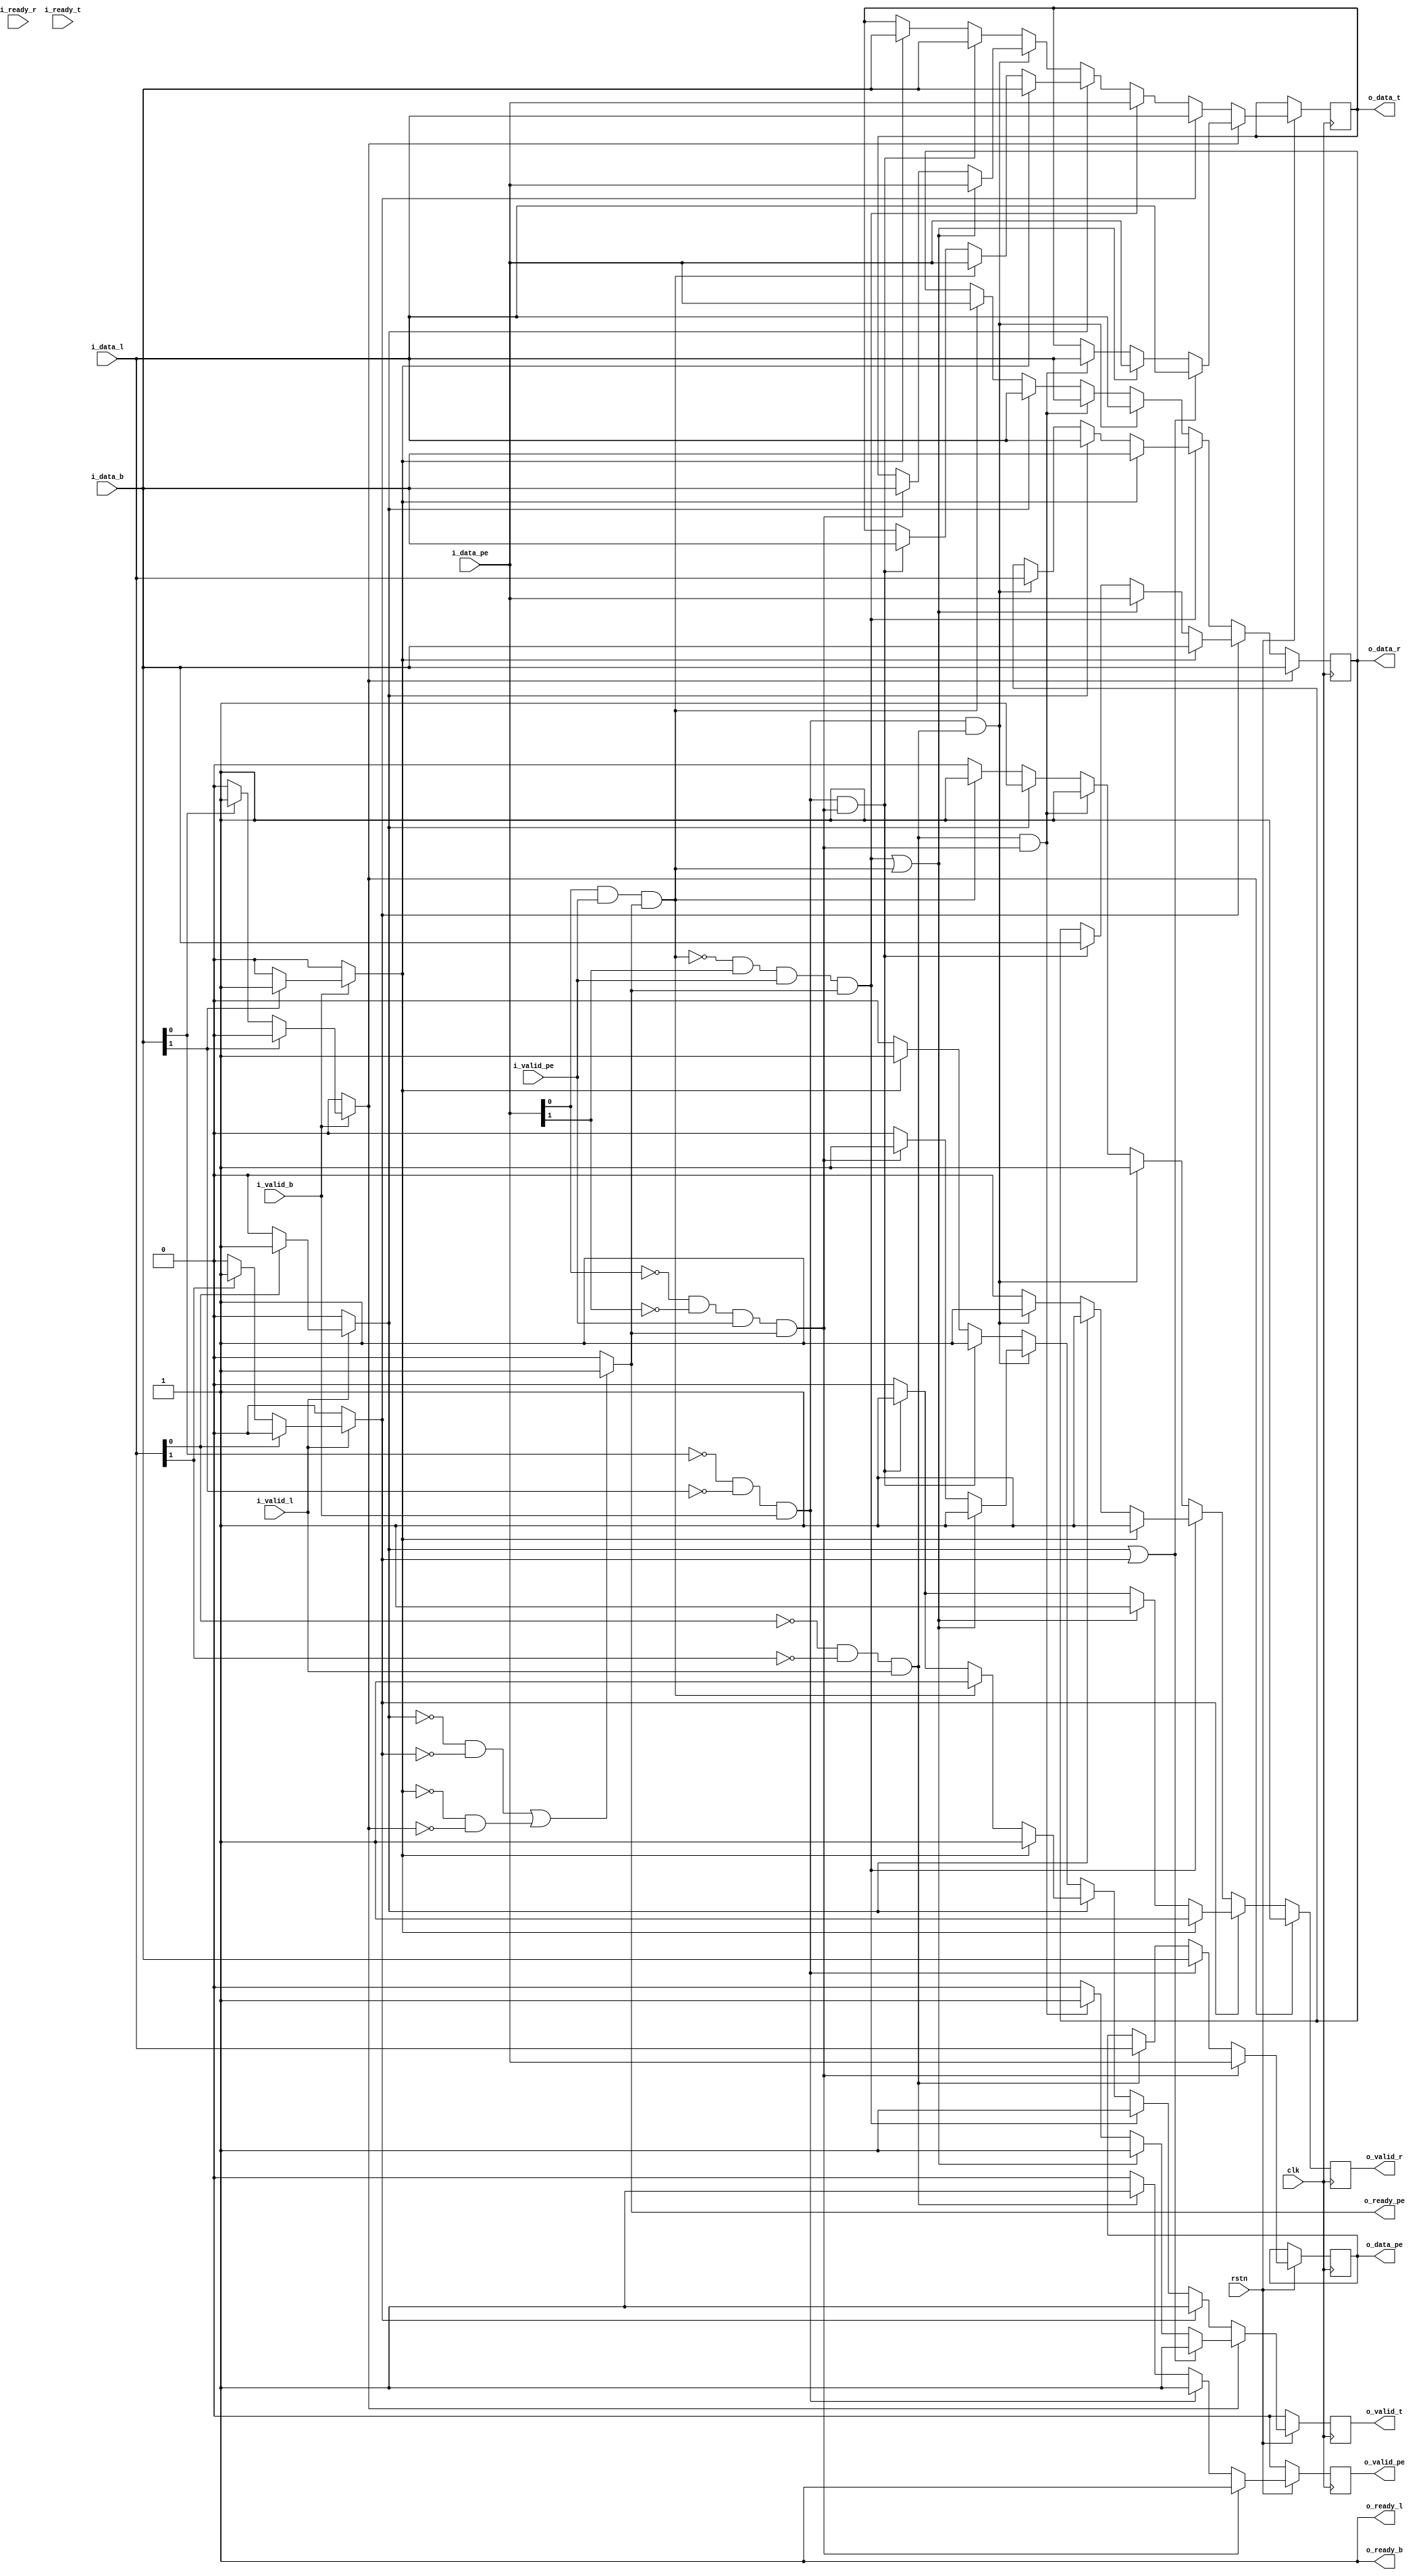
module nbyn #(parameter x_coord ='d0,parameter y_coord='d0,X=2,Y=2,data_width=32, x_size=1, y_size=1,total_width=(x_size+y_size+data_width),sw_no=X*Y) //parameter pck_no=16'd0)
(
input wire clk,
input wire rstn,
input wire i_ready_r,
input wire i_ready_t,
//input wire i_ready_pe,
input wire i_valid_l,
input wire i_valid_b,
input wire i_valid_pe,
output wire o_ready_l,
output wire o_ready_b,
output reg  o_ready_pe,
output reg o_valid_r,
output reg o_valid_t,
output reg o_valid_pe,
input wire [total_width-1:0] i_data_l,
input wire [total_width-1:0] i_data_b,
input wire [total_width-1:0] i_data_pe,
output reg [total_width-1:0] o_data_r,
output reg [total_width-1:0] o_data_t,
output reg [total_width-1:0] o_data_pe

);
wire leftToPe;
wire bottomToPe;
wire peTope;
reg  leftToRight;
reg leftToTop;
reg bottomToRight;
reg bottomToTop;
wire peToTop;
wire peToRight;

assign  o_ready_l = 1'b1;
assign  o_ready_b = 1'b1;

assign leftToPe = ((i_data_l[x_size-1:0]==x_coord) & (i_data_l[x_size+y_size-1:x_size]==y_coord) & i_valid_l);
//assign leftToRight = ((i_data_l[x_size-1:0]!=x_coord) & i_valid_l);
//assign leftToTop = (~leftToRight & (i_data_l[x_size+y_size-1:x_size]!=y_coord) & i_valid_l);

always @(*)
begin
    if(i_valid_l)
    begin
        if(i_data_l[x_size-1:0]!=x_coord)
        begin
            leftToTop = 1'b0;
            leftToRight = 1'b1;
        end
        else if(i_data_l[x_size+y_size-1:x_size]!=y_coord)
        begin
            leftToTop   = 1'b1;
            leftToRight = 1'b0;
        end
        else
        begin
            leftToTop   = 1'b0;
            leftToRight = 1'b0;
        end
    end
    else
    begin
         leftToTop = 1'b0;
         leftToRight = 1'b0;
    end
end


always @(*)
begin
    if(i_valid_b)
    begin
        if(i_data_b[x_size+y_size-1:x_size]!=y_coord)
        begin
            bottomToTop   = 1'b1;
            bottomToRight = 1'b0;
        end
        else if(i_data_b[x_size-1:0]!=x_coord)
        begin
            bottomToTop = 1'b0;
            bottomToRight = 1'b1;
        end
        else
        begin
            bottomToTop   = 1'b0;
            bottomToRight = 1'b0;
        end
    end
    else
    begin
         bottomToTop = 1'b0;
         bottomToRight = 1'b0;
    end
end

assign bottomToPe = ((i_data_b[x_size-1:0]==x_coord) & (i_data_b[x_size+y_size-1:x_size]==y_coord) & i_valid_b);
//assign bottomToTop = (~bottomToRight & (i_data_b[x_size+y_size-1:x_size]!=y_coord ) & i_valid_b);
//assign bottomToRight = ((i_data_b[x_size-1:0]!=x_coord) & i_valid_b);// ? 1'b1 : 1'b0;

assign peTope = ((i_data_pe[x_size-1:0]==x_coord) & (i_data_pe[x_size+y_size-1:x_size]==y_coord) & i_valid_pe & o_ready_pe);
assign peToRight = ((i_data_pe[x_size-1:0]!=x_coord) & i_valid_pe & o_ready_pe);
assign peToTop = (~peToRight & (i_data_pe[x_size+y_size-1:x_size]!=y_coord) & i_valid_pe & o_ready_pe);


always @(*)
begin
	//If there are no packets to either right or top, we can accept data from PE
	//If packets have to be sent to both out ports, will have to back pressure the PE
	if((~leftToRight & ~leftToTop) | (~bottomToTop & ~bottomToRight))
	begin
		o_ready_pe = 1'b1;
	end
	else
	begin
		o_ready_pe = 1'b0;
	end
end

always @(posedge clk)
begin
	if(!rstn)
		o_valid_r <=1'b0;
	//Whenever data from left wants to go right, it will be given preference
	if(bottomToRight) 
	begin
		o_data_r  <= i_data_b;
		o_valid_r <= 1'b1;
	end
	else if(leftToTop)
	begin
		if(bottomToTop)
		begin
			o_data_r <= i_data_b;
			o_valid_r <= 1'b1;
		end
		else if(peToTop|peToRight)
		begin
			o_data_r <= i_data_pe;
			o_valid_r <= 1'b1;
		end
		else if(bottomToPe & peTope)
		begin
			o_data_r <= i_data_b;
			o_valid_r <= 1'b1;
		end
		else
			o_valid_r <= 1'b0;
	end
	else if(peToTop)
	begin
		if(bottomToTop)
		begin
			o_data_r  <= i_data_b;
			o_valid_r <= 1'b1;
		end
		else if(leftToRight)
		begin
			o_data_r  <= i_data_l;
			o_valid_r <= 1'b1;
		end
		else if(bottomToPe & leftToPe)
		begin
			o_data_r  <= i_data_l;
			o_valid_r <= 1'b1;
		end
		else
			o_valid_r <= 1'b0;
	end
	else if(leftToPe & bottomToPe)
	begin
		o_data_r  <= i_data_l;
		o_valid_r <= 1'b1;
	end
	else if(leftToPe & peTope)
	begin
		o_data_r <= i_data_l;
		o_valid_r <= 1'b1;
	end
	else if(leftToRight)
	begin
		o_data_r  <= i_data_l;
		o_valid_r <= 1'b1;
	end
	else if(peToRight)
	begin
		o_data_r <=i_data_pe;
		o_valid_r <=1'b1;
	end
	else
	begin
		o_valid_r <=1'b0;
	end
end

always @(posedge clk)
begin
	if(!rstn)
		o_valid_t <= 1'b0;
		
	else if(bottomToRight) 
	begin
		if(leftToRight|leftToTop)
		begin
			o_data_t <= i_data_l;
			o_valid_t <= 1'b1;
		end
		else if(peToRight|peToTop) //This and prev case mutually exclusive
		begin
			o_data_t <= i_data_pe;
			o_valid_t <= 1'b1;
		end
		else if(leftToPe & peTope)
		begin
			o_data_t <= i_data_l;
			o_valid_t <= 1'b1;
		end
		else
			o_valid_t <= 1'b0;
	end
	else if(leftToTop)
	begin
		o_data_t <= i_data_l;
		o_valid_t <= 1'b1;
	end
	else if(peToTop)
	begin
		o_data_t  <= i_data_pe;
		o_valid_t <= 1'b1;
	end
	else if(leftToRight)
	begin
		if(bottomToTop)
		begin
			o_data_t <= i_data_b;
			o_valid_t <= 1'b1;
		end
		else if(peToRight)
		begin
			o_data_t <= i_data_pe;
			o_valid_t <= 1'b1;
		end
		else if(bottomToPe & peTope)
		begin
			o_data_t <= i_data_b;
			o_valid_t <= 1'b1;
		end
		else
			o_valid_t <= 1'b0;
	end
	else if(leftToPe & bottomToPe)//check
	begin
		if(peToRight|peToTop)
		begin
			o_data_t <= i_data_pe;
			o_valid_t <= 1'b1;
		end
		else if(peTope)
		begin
			o_data_t <= i_data_b;
			o_valid_t <= 1'b1;
		end
		else
			o_valid_t <= 1'b0;
	end
	else if(bottomToPe & peTope)
	begin
		o_data_t <= i_data_b;
		o_valid_t <= 1'b1;
	end
	else if(bottomToTop)
	begin
		o_data_t <=i_data_b;
		o_valid_t <=1'b1;
	end
	else if(peToTop)
	begin
		o_data_t <= i_data_pe;
		o_valid_t <= 1'b1;
	end
	else
		o_valid_t <= 1'b0;
end

always @(posedge clk)
begin
	if(!rstn)
		o_valid_pe <= 1'b0; 
		
	else if(peTope)
	begin
		o_data_pe <= i_data_pe;
		o_valid_pe <=1'b1;
	end
	else if(bottomToPe)
	begin
		o_data_pe  <= i_data_b;
		o_valid_pe <= 1'b1;
	end
	else if(leftToPe)
	begin
		o_data_pe <= i_data_l;
		o_valid_pe <= 1'b1;
	end
	else
		o_valid_pe <=1'b0;
end


endmodule